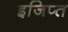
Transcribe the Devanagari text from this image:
इजिप्‍त